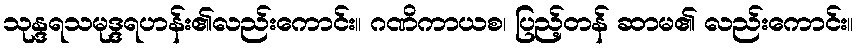
သုန္ဒရသမုဒ္ဒရဟန်း၏လည်းကောင်း။ ဂဏိကာယစ၊ ပြည့်တန် ဆာမ၏ လည်းကောင်း။